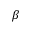
\beta